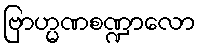
ဗြာဟ္မဏစဏ္ဍာလော